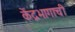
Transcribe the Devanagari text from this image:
केंद्रभागाची